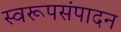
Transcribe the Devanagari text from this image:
स्वरूपसंपादन